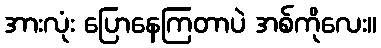
အားလုံး ပြောနေကြတာပဲ အစ်ကိုလေး။